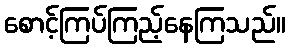
စောင့်ကြပ်ကြည့်နေကြသည်။